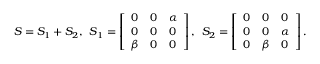
S = S _ { 1 } + S _ { 2 } , \: \: S _ { 1 } = \left[ \begin{array} { l l l } { 0 } & { 0 } & { \alpha } \\ { 0 } & { 0 } & { 0 } \\ { \beta } & { 0 } & { 0 } \end{array} \right] , \: \: S _ { 2 } = \left[ \begin{array} { l l l } { 0 } & { 0 } & { 0 } \\ { 0 } & { 0 } & { \alpha } \\ { 0 } & { \beta } & { 0 } \end{array} \right] .